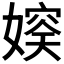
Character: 𪦛